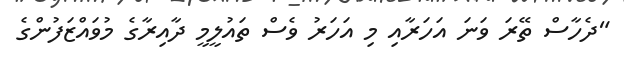
"ދެހާސް ތޭރަ ވަނަ އަހަރާއި މި އަހަރު ވެސް ތައުލީމީ ދާއިރާގެ މުވައްޒަފުންގެ